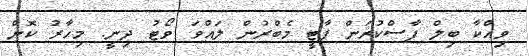
ވިއްކާ ބިލް ފާސްކުރަން ޕާޓީ މެބްރުން ލައްވަ ވޯޓު ދިނީ. މިހާރު ކޮން